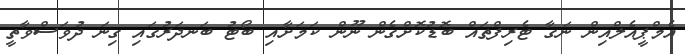
އެމްޕީއެލްއިން ނަގާ ޓެރިފްތައް ބޮޑުކޮށްގެން ނޫން ކަމަށާއި ބޯޓު ބަނދަރުގައި ގިނަ ދުވަސްވާތީ